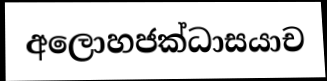
අලොහජක්ධාසයාච